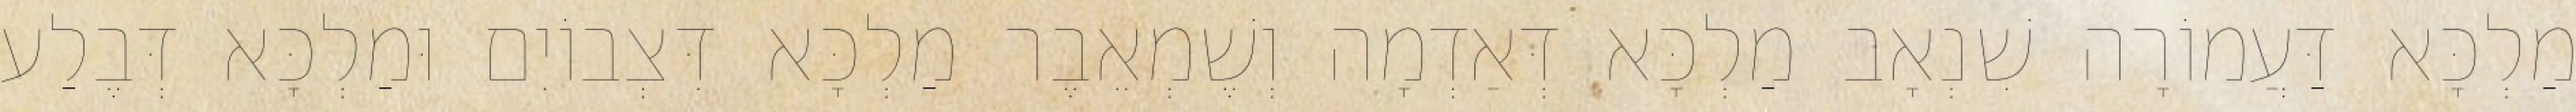
מַלְכָּא דַּעֲמוֹרָה שִׁנְאָב מַלְכָּא דְּאַדְמָה וְשֶׁמְאֵבֶר מַלְכָּא דִּצְבוֹיִם וּמַלְכָּא דְּבֶלַע